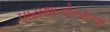
પાયથાગોરસના